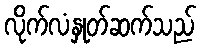
လိုက်လံနှုတ်ဆက်သည်